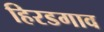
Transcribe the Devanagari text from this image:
हिरडगाव